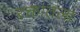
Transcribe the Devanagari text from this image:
रक्तातला